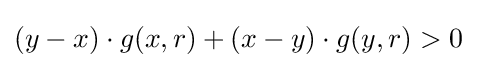
(y-x)\cdot g(x,r)+(x-y)\cdot g(y,r)>0